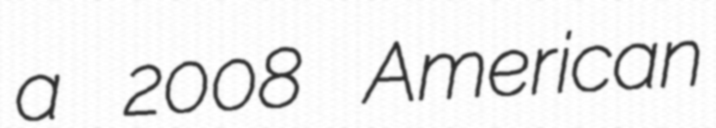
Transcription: a 2008 American